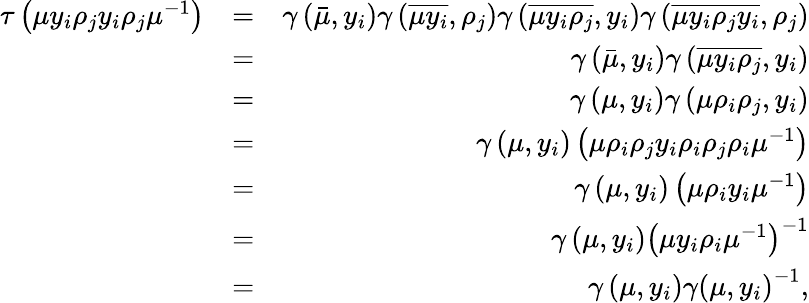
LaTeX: \begin{array}{rlr}{\tau\left(\mu y_{i}\rho_{j}y_{i}\rho_{j}\mu^{-1}\right)}&{=}&{\gamma\left(\bar{\mu},y_{i}\right)\gamma\left(\overline{{\mu y_{i}}},\rho_{j}\right)\gamma\left(\overline{{\mu y_{i}\rho_{j}}},y_{i}\right)\gamma\left(\overline{{\mu y_{i}\rho_{j}y_{i}}},\rho_{j}\right)}\\ &{=}&{\gamma\left(\bar{\mu},y_{i}\right)\gamma\left(\overline{{\mu y_{i}\rho_{j}}},y_{i}\right)}\\ &{=}&{\gamma\left(\mu,y_{i}\right)\gamma\left(\mu\rho_{i}\rho_{j},y_{i}\right)}\\ &{=}&{\gamma\left(\mu,y_{i}\right)\left(\mu\rho_{i}\rho_{j}y_{i}\rho_{i}\rho_{j}\rho_{i}\mu^{-1}\right)}\\ &{=}&{\gamma\left(\mu,y_{i}\right)\left(\mu\rho_{i}y_{i}\mu^{-1}\right)}\\ &{=}&{\gamma\left(\mu,y_{i}\right)\left(\mu y_{i}\rho_{i}\mu^{-1}\right)^{-1}}\\ &{=}&{\gamma\left(\mu,y_{i}\right)\gamma\left(\mu,y_{i}\right)^{-1},}\end{array}